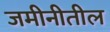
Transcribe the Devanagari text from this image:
जमीनीतील